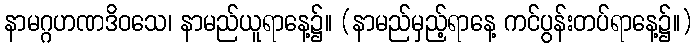
နာမဂ္ဂဟဏဒိဝသေ၊ နာမည်ယူရာနေ့၌။ (နာမည်မှည့်ရာနေ့ ကင်ပွန်းတပ်ရာနေ့၌။)